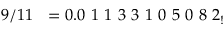
9 / 1 1 \ \ = 0 . 0 \ 1 \ 1 \ 3 \ 3 \ 1 \ 0 \ 5 \ 0 \ 8 \ 2 _ { ! }